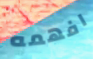
افهمه